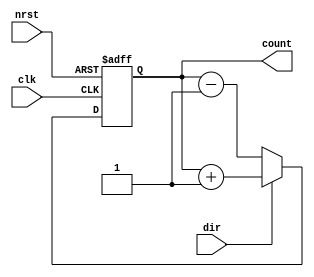
`timescale 1ns/1ps
module updown(clk,nrst,dir,count);

  input        clk,nrst;
  input        dir;
  output [3:0] count;

  reg [3:0] count;
  always@(posedge clk or negedge nrst)
    if (!nrst)
      count <= 0;
    else
      if (dir)
        count <= count + 1;
      else
        count <= count - 1;

endmodule